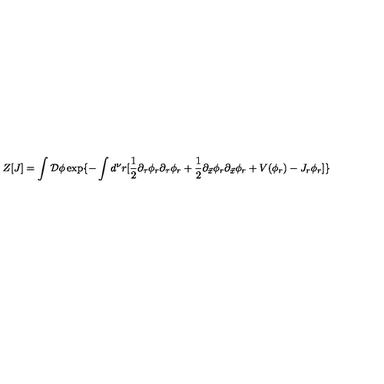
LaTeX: Z [ J ] = \int { \cal D } \phi \exp \{ - \int d ^ { \nu } r [ { \frac { 1 } { 2 } } \partial _ { \tau } \phi _ { r } \partial _ { \tau } \phi _ { r } + { \frac { 1 } { 2 } } \partial _ { \vec { x } } \phi _ { r } \partial _ { \vec { x } } \phi _ { r } + V ( \phi _ { r } ) - J _ { r } \phi _ { r } ] \}